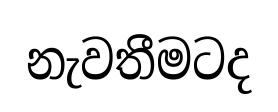
නැවතීමටද